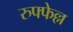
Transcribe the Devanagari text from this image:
रुफ्फेल्ल